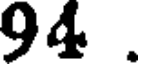
94 .